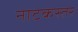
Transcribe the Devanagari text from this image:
नाटकस्तर